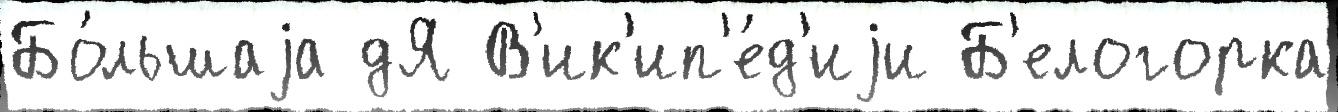
Бо́льшаjа дЯ В'ик'ип'е́д'иjи Б'елогорка